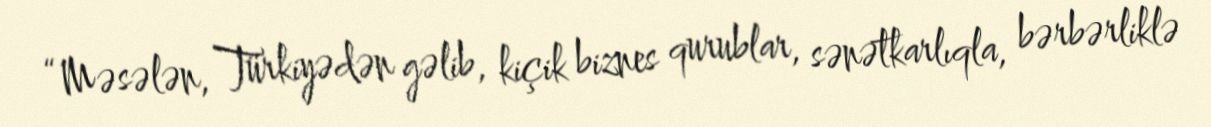
“Məsələn, Türkiyədən gəlib, kiçik biznes qurublar, sənətkarlıqla, bərbərliklə